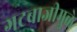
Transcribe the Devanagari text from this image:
गटबाजीमुळे